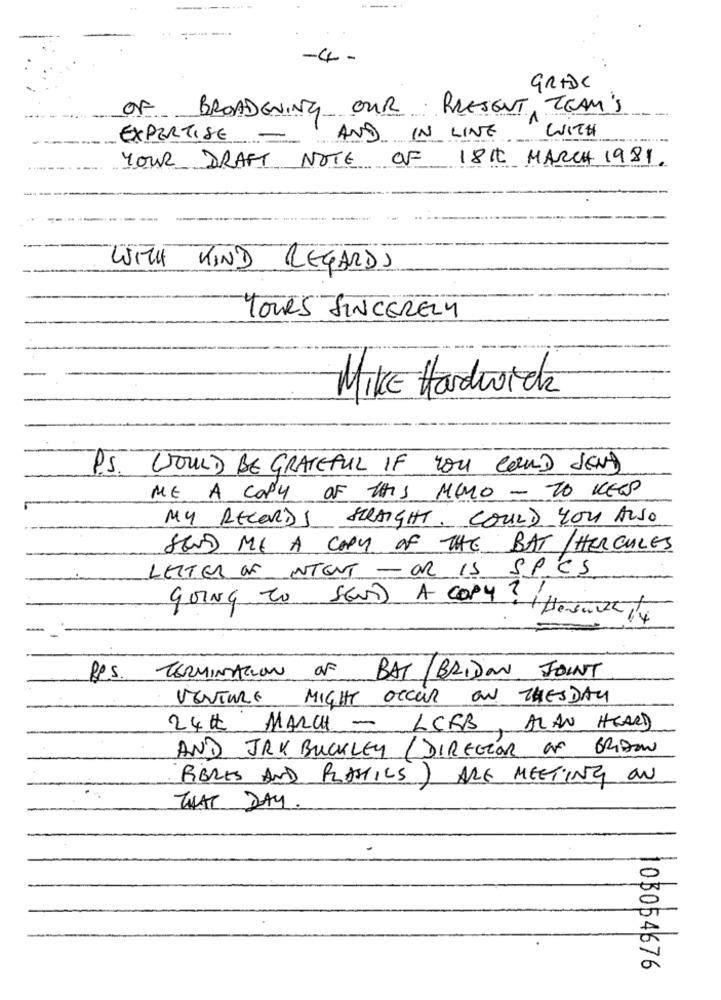
-4.
GRADC
BROADENING OUR PRESENT, TEAM'S
OF
WITH
EXPERTISE
AND IN LINE
YOUR DRAFT NOTE OF 18th MARCH 1981.
KIND REGARDS
YOURS SINCERELY
MIKE Hardwick
P.S. WOULD BE GRATEFUL IF You COULD SEND
ME A COPY OF THIS MONO - TO KEEP
MY RECORDS STRAIGHT. COULD YOU ALSO
SEND ME A COPY OF THE BAT /HERCULES
LETTER OF INTENT- OR IS SPES
GOING TO SEND A COPY ?!
TERMINATION OF
Res
BAT /BRISON JOINT
VENTURE
MIGHT OCCUR ON THE DAY
24th MARCH - LCFB, ALAN HEARD
AND JAK BUCKLEY / DIRECTOR OF BRIDOW
FIBRES AND PLASTICS) ARE MEETING ON
THAT DAY.
103054676